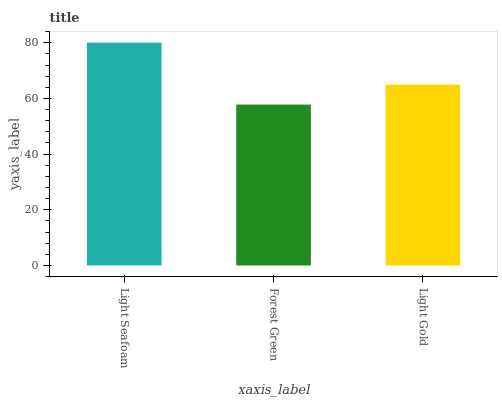
| xaxis_label | bars |
 | --- | --- |
 | Light Seafoam | 80 |
 | Forest Green | 57.8 |
 | Light Gold | 64.9 |